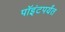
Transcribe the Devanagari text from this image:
पॉइंटपर्यंत